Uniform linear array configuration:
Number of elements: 4
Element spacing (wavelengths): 0.25
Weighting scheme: cosine
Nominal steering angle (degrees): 15
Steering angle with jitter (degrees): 14.501
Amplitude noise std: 0.05
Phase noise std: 0.05

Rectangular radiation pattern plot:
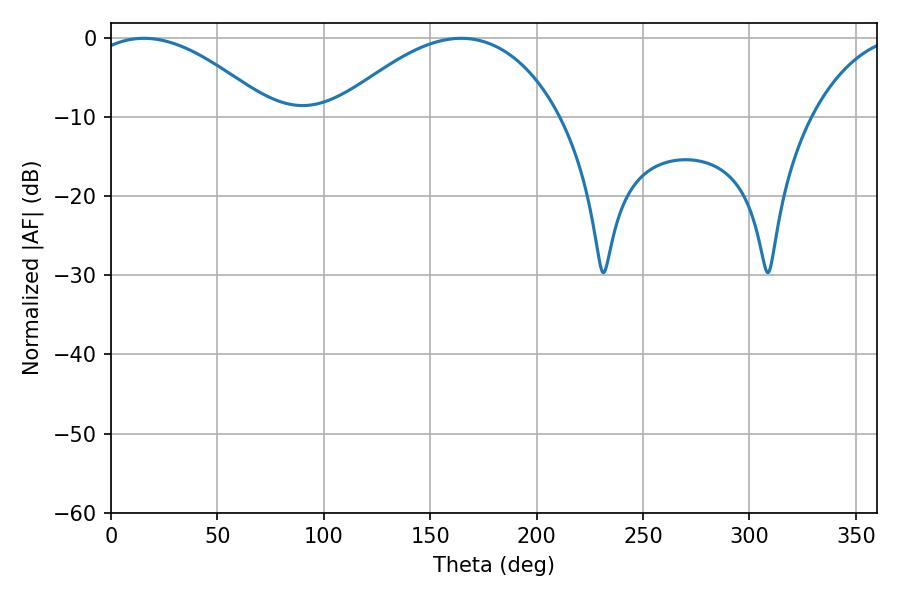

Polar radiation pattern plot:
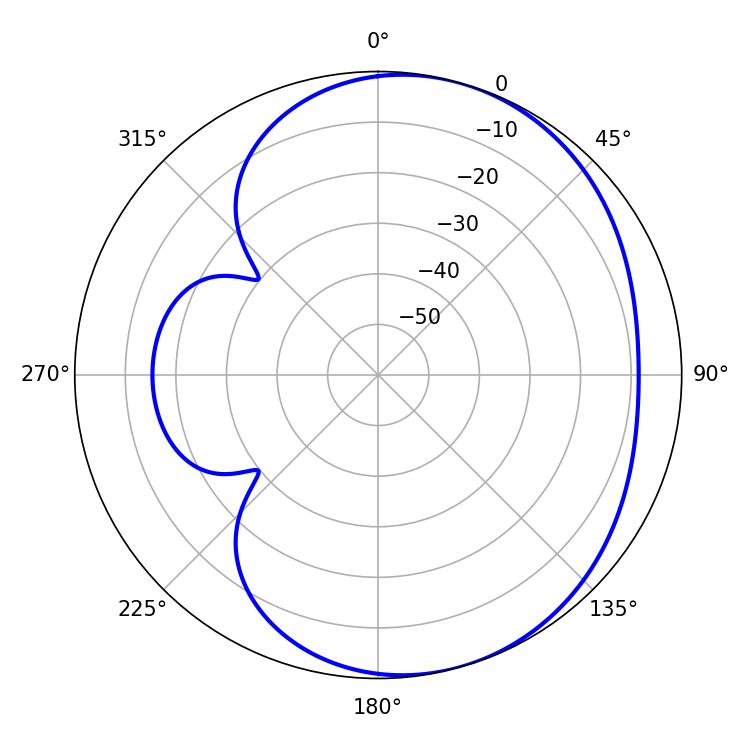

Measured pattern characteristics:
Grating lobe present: FALSE
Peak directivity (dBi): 4.476
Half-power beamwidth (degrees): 47.34
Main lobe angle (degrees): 15.48